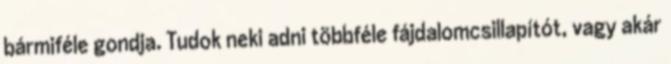
bármiféle gondja. Tudok neki adni többféle fájdalomcsillapítót, vagy akár